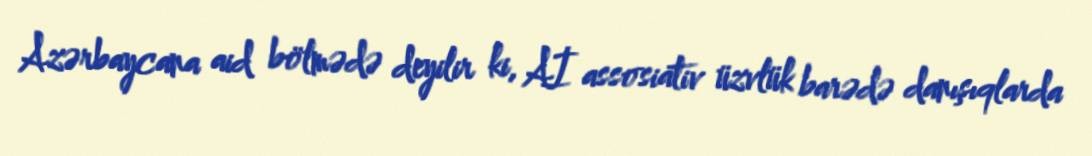
Azərbaycana aid bölmədə deyilir ki, Aİ assosiativ üzvlük barədə danışıqlarda